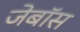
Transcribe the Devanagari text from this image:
जेबॉस